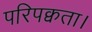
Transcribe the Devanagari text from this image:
परिपक्वता।